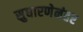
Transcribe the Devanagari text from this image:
सुधारणेनंतर